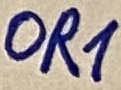
Text: OR1